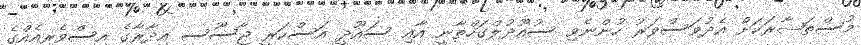
މުސްތަޝާރަކަށް އެދުވަސްވަރު ހުންނެވި ސުއޫދުލްގަހްތާނީ އާއި ސައޫދީ އަސްކަރީ ޖާސޫސީ އިދާރާގެ އިސްވެެރިއެއްގެ